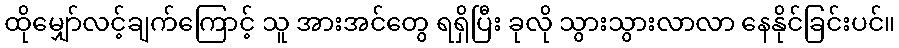
ထိုမျှော်လင့်ချက်ကြောင့် သူ အားအင်တွေ ရရှိပြီး ခုလို သွားသွားလာလာ နေနိုင်ခြင်းပင်။